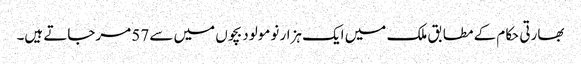
بھارتی حکام کے مطابق ملک میں ایک ہزار نومولود بچوں میں سے 57 مرجاتے ہیں۔